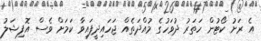
އެ ރަށު ކޯޓުން ހަތަރު ދުވަހުގެ މުއްދަތެއް ޖަހައިދީފައިވާ ކަމަށް ވެސް އޮފިޝަލު